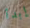
إبدأ